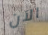
الآن